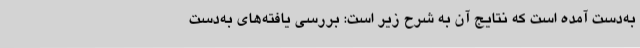
به‌دست آمده است که نتایج آن به شرح زیر است: بررسی یافته‌های به‌دست